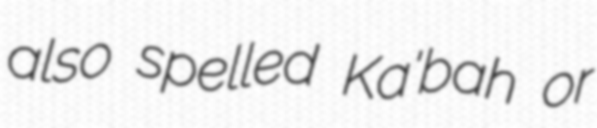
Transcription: also spelled Ka'bah or